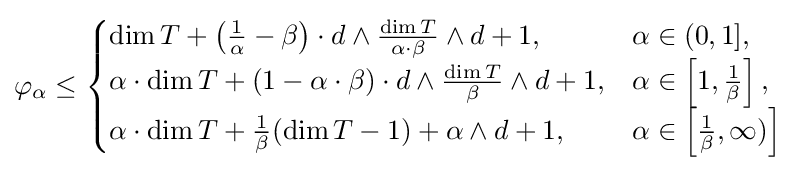
\varphi _{\alpha }\leq {\begin{cases}\dim T+\left({\frac {1}{\alpha }}-\beta \right)\cdot d\wedge {\frac {\dim T}{\alpha \cdot \beta }}\wedge d+1,&\alpha \in (0,1],\\\alpha \cdot \dim T+(1-\alpha \cdot \beta )\cdot d\wedge {\frac {\dim T}{\beta }}\wedge d+1,&\alpha \in \left[1,{\frac {1}{\beta }}\right],\\\alpha \cdot \dim T+{\frac {1}{\beta }}(\dim T-1)+\alpha \wedge d+1,&\alpha \in \left[{\frac {1}{\beta }},\infty )\right]\end{cases}}